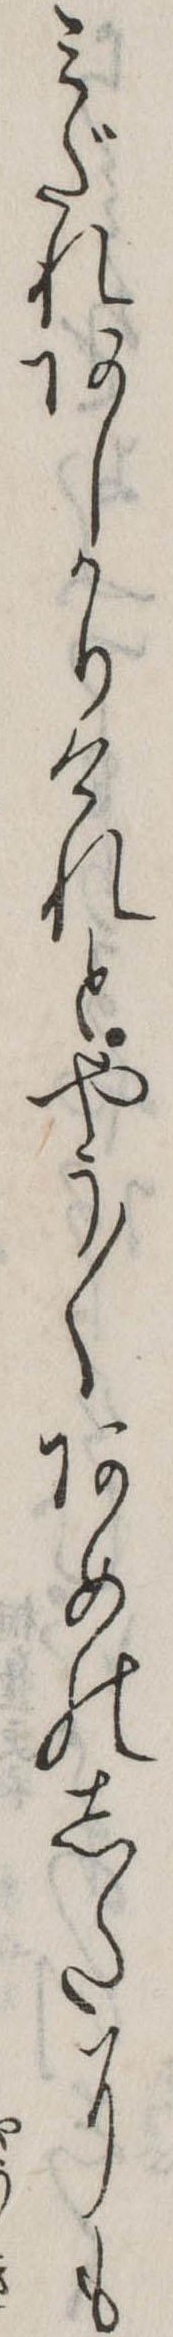
みだれあしかりけれとやう〱あめのしたにも